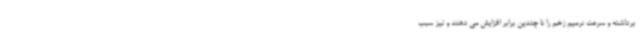
برداشته و سرعت ترمیم زخم را تا چندین برابر افزایش می دهند و نیز سبب